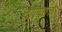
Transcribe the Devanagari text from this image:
दात्यांचे